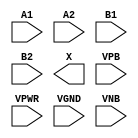
module sky130_fd_sc_hdll__a22o (
    //# {{data|Data Signals}}
    input  A1  ,
    input  A2  ,
    input  B1  ,
    input  B2  ,
    output X   ,

    //# {{power|Power}}
    input  VPB ,
    input  VPWR,
    input  VGND,
    input  VNB
);
endmodule